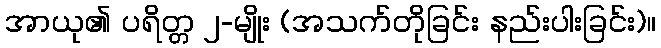
အာယု၏ ပရိတ္တ ၂-မျိုး (အသက်တိုခြင်း နည်းပါးခြင်း)။